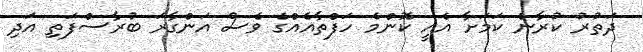
ދަތުރު ކުރާނެ ކަމަށާ އެއީ ކޮންމެ ހަފްތާއެއްގެ ވެސް އަންގާރަ ބުރާސްފަތި އަދި